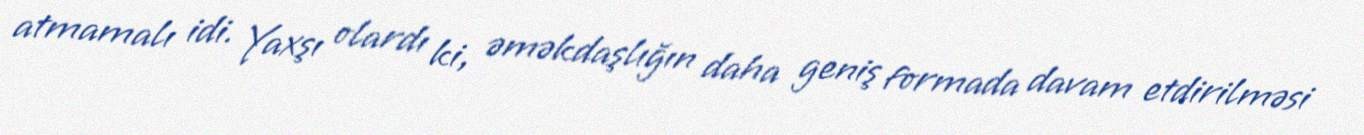
atmamalı idi. Yaxşı olardı ki, əməkdaşlığın daha geniş formada davam etdirilməsi